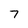
Character: 7